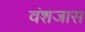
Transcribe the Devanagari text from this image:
वंशजास